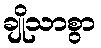
ချိုသာစွာ